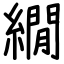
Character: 繝